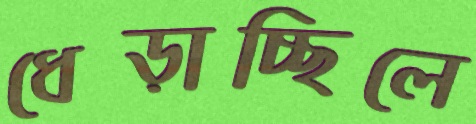
ধেড়াচ্ছিলে